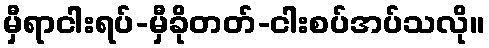
မှီရာငါးရပ်-မှီခိုတတ်-ငါးစပ်အပ်သလို။